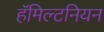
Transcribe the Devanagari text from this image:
हॅमिल्टनियन